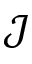
\mathcal { J }